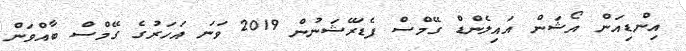
އިންޑިއަން އޯޝަން އައިލެންޑް ގޭމްސް ފެޑަރޭޝަނުން 2019 ވަނަ އަހަރުގެ ގޭމްސް ބާއްވަން